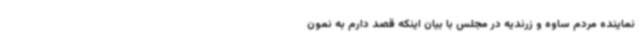
نماینده مردم ساوه و زرندیه در مجلس با بیان اینکه قصد دارم به نمون